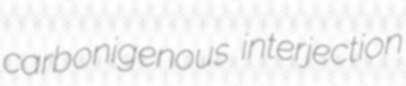
carbonigenous interjection